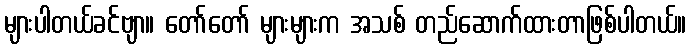
များပါတယ်ခင်ဗျာ။ တော်တော် များများက အသစ် တည်ဆောက်ထားတာဖြစ်ပါတယ်။